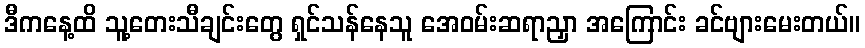
ဒီကနေ့ထိ သူ့တေးသီချင်းတွေ ရှင်သန်နေသူ အေဝမ်းဆရာညှာ အကြောင်း ခင်ဗျားမေးတယ်။